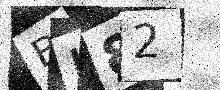
Text: BL82